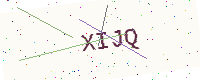
Text: XIJQ